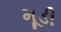
મૂડી